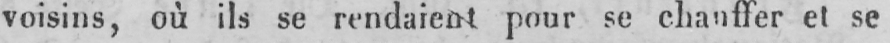
voisins, où ils se rendaient pour se chauffer et se